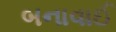
બનાવાઈ